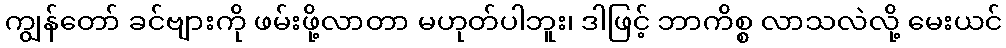
ကျွန်တော် ခင်ဗျားကို ဖမ်းဖို့လာတာ မဟုတ်ပါဘူး၊ ဒါဖြင့် ဘာကိစ္စ လာသလဲလို့ မေးယင်